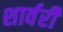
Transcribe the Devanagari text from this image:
शार्वरी